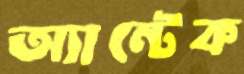
অ্যান্টেক